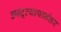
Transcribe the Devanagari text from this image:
उपद्व्यापानंतर